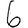
Digit: 6